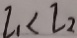
I _ { 1 } < l _ { 2 }